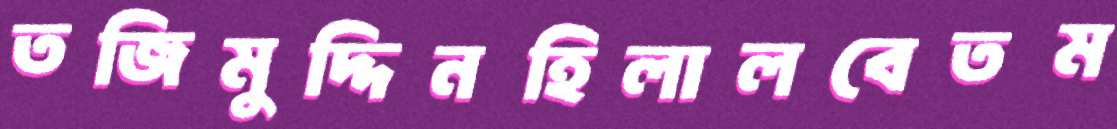
তজিমুদ্দিনহিলালবেতম